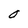
Character: 0